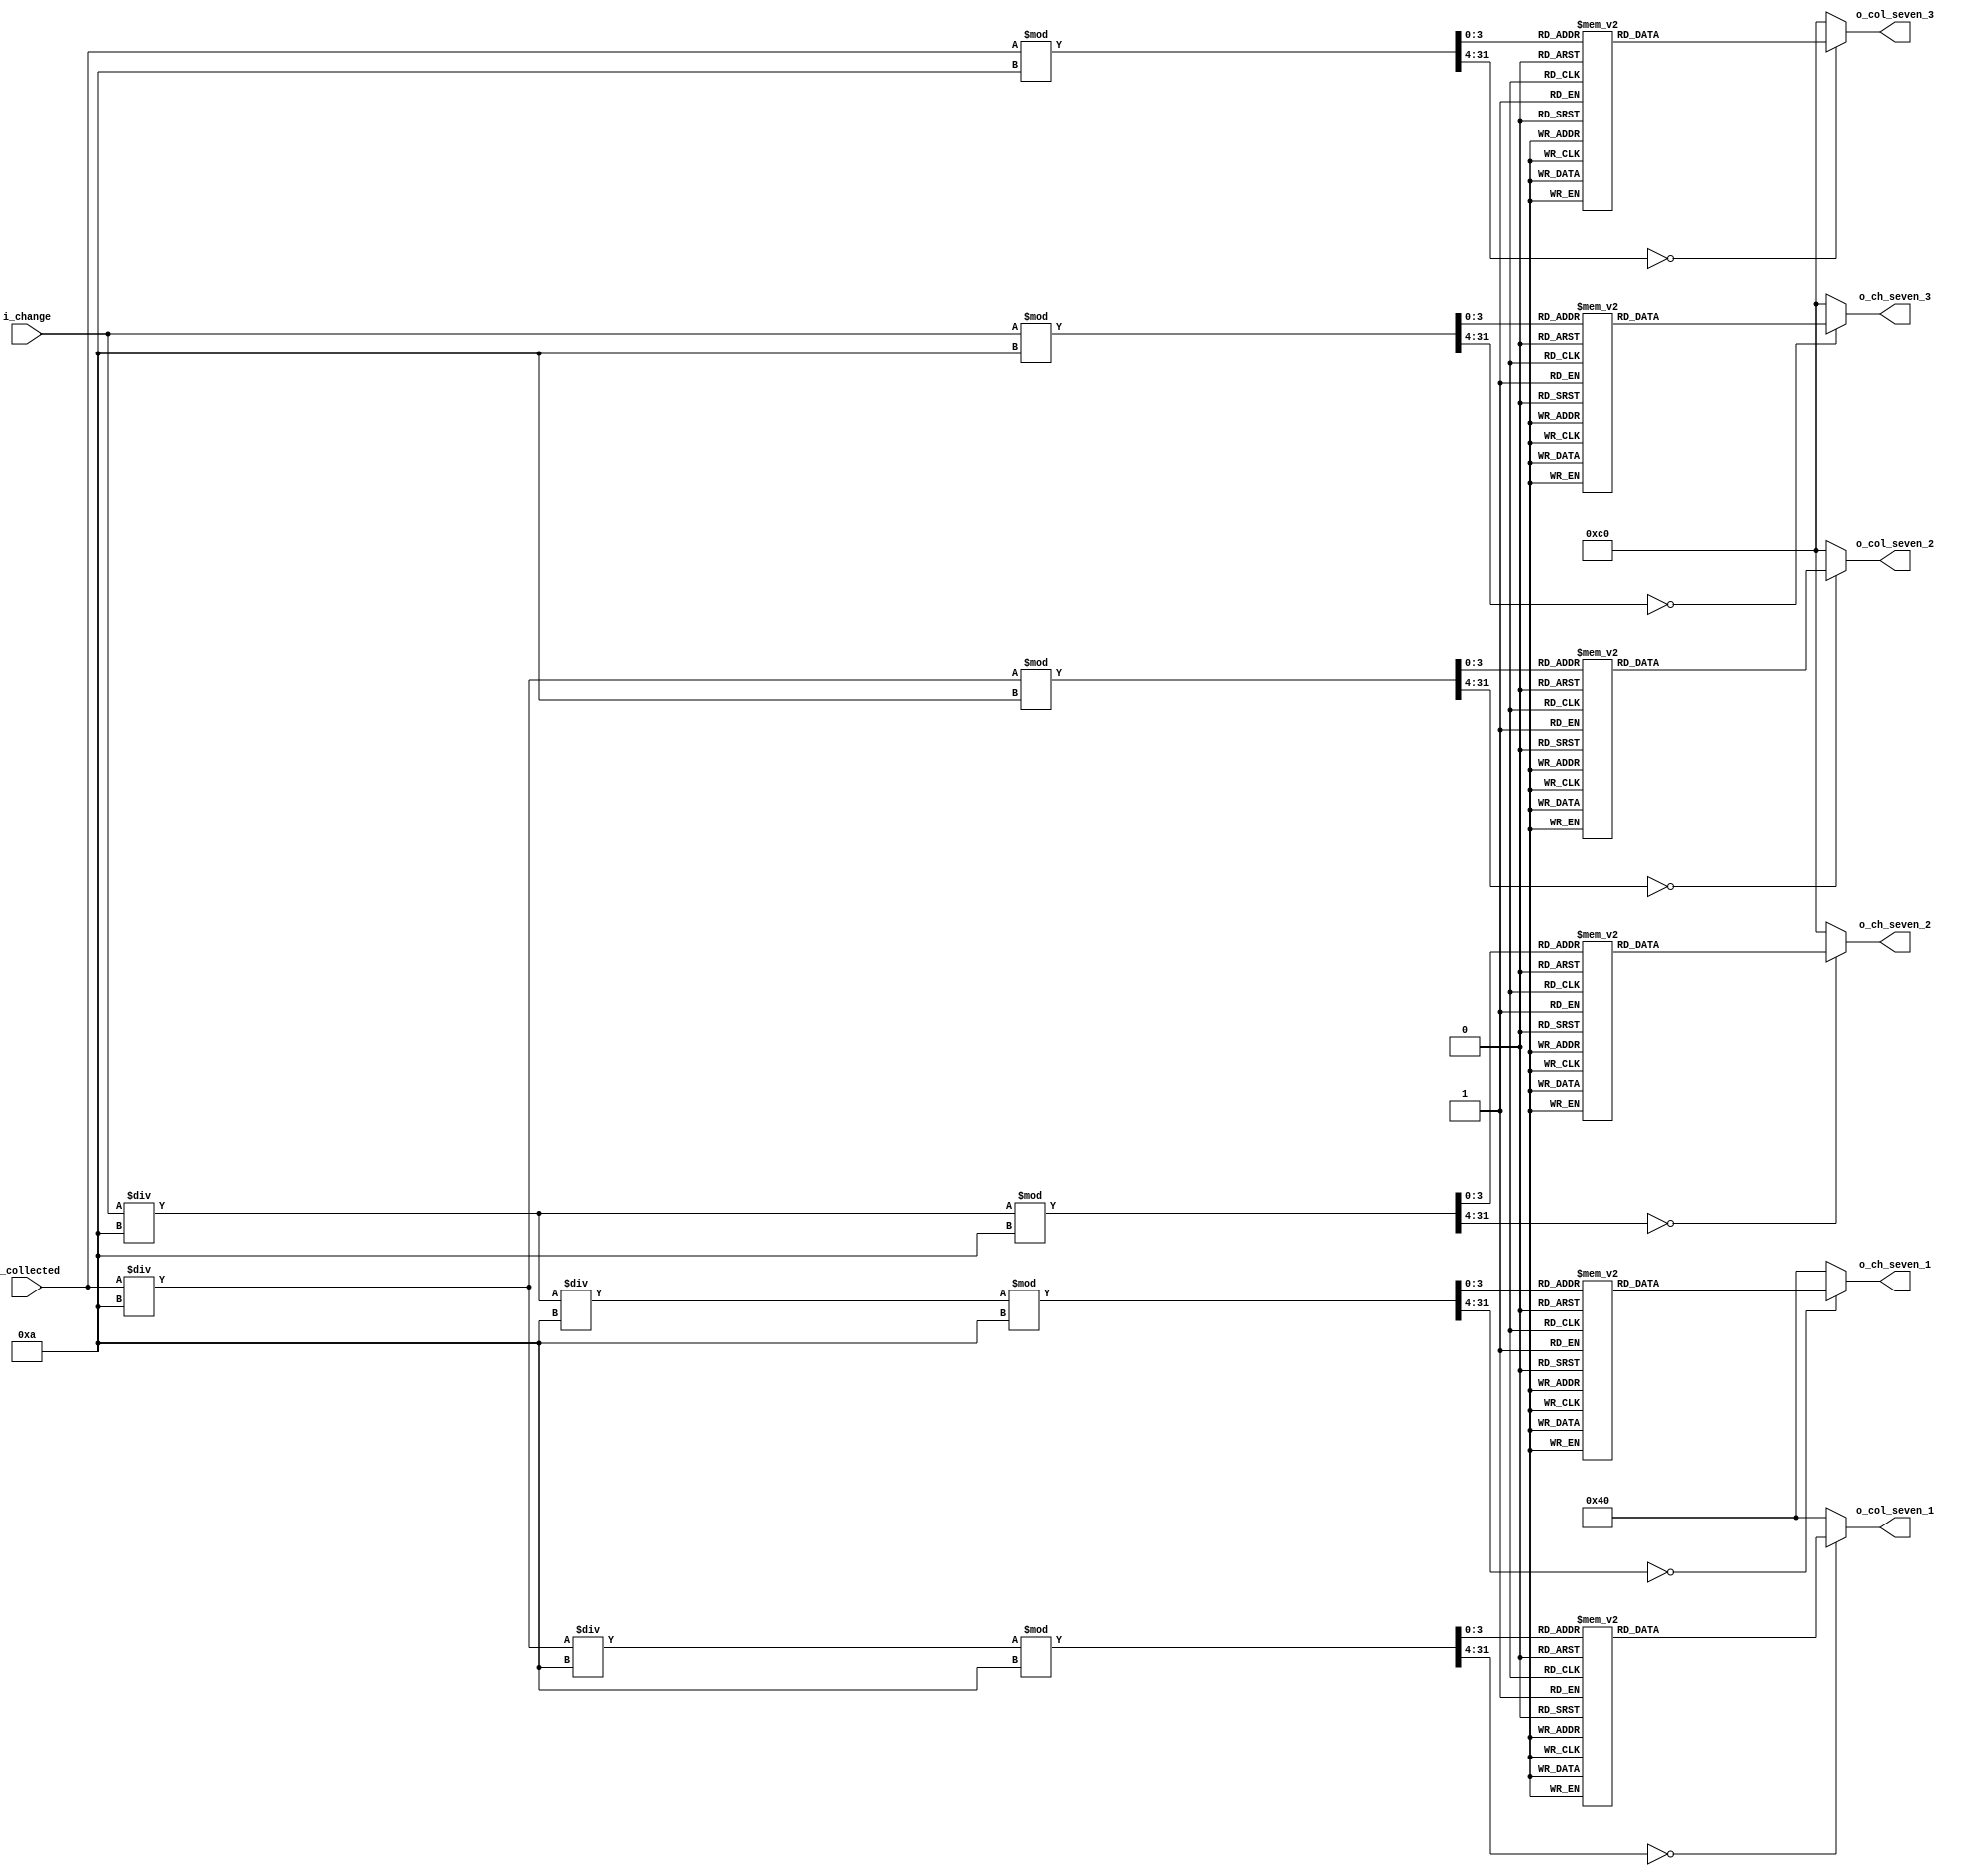
// Collected & Change display
module Seven_Segment_Display (
	input [31:0] i_collected,
	input [31:0] i_change,
	output reg [7:0] o_col_seven_3,
	output reg [7:0] o_col_seven_2,
	output reg [7:0] o_col_seven_1,
	output reg [7:0] o_ch_seven_3,
	output reg [7:0] o_ch_seven_2,
	output reg [7:0] o_ch_seven_1 
	);

	reg [31:0] r_col_temp = 0;
	reg [31:0] r_col_mod = 0;
	reg [31:0] r_ch_temp = 0;
	reg [31:0] r_ch_mod = 0;

	// Output COLLECTED money on seven segment LED
	always @ (i_collected)
	begin
		r_col_temp = i_collected;
		// col_seven_3
		r_col_mod = r_col_temp % 10;
		case (r_col_mod)
			0: o_col_seven_3 = 8'b11000000;
			1: o_col_seven_3 = 8'b11111001;
			2: o_col_seven_3 = 8'b10100100;
			3: o_col_seven_3 = 8'b10110000;
			4: o_col_seven_3 = 8'b10011001;
			5: o_col_seven_3 = 8'b10010010;
			6: o_col_seven_3 = 8'b10000010;
			7: o_col_seven_3 = 8'b11111000;
			8: o_col_seven_3 = 8'b10000000;
			9: o_col_seven_3 = 8'b10010000;
			default: o_col_seven_3 = 8'b11000000;
		endcase
		// col_seven_2
		r_col_temp = r_col_temp / 10;
		r_col_mod = r_col_temp % 10;
		case (r_col_mod)
			0: o_col_seven_2 = 8'b11000000;
			1: o_col_seven_2 = 8'b11111001;
			2: o_col_seven_2 = 8'b10100100;
			3: o_col_seven_2 = 8'b10110000;
			4: o_col_seven_2 = 8'b10011001;
			5: o_col_seven_2 = 8'b10010010;
			6: o_col_seven_2 = 8'b10000010;
			7: o_col_seven_2 = 8'b11111000;
			8: o_col_seven_2 = 8'b10000000;
			9: o_col_seven_2 = 8'b10010000;
			default: o_col_seven_2 = 8'b11000000;
		endcase
		// col_seven_1
		r_col_temp = r_col_temp / 10;
		r_col_mod = r_col_temp % 10;
		case (r_col_mod)
			0: o_col_seven_1 = 8'b01000000;
			1: o_col_seven_1 = 8'b01111001;
			2: o_col_seven_1 = 8'b00100100;
			3: o_col_seven_1 = 8'b00110000;
			4: o_col_seven_1 = 8'b00011001;
			5: o_col_seven_1 = 8'b00010010;
			6: o_col_seven_1 = 8'b00000010;
			7: o_col_seven_1 = 8'b01111000;
			8: o_col_seven_1 = 8'b00000000;
			9: o_col_seven_1 = 8'b00010000;
			default: o_col_seven_1 = 8'b01000000;
		endcase
	end

	// Output CHANGE on seven segment LED
	always @ (i_change)
	begin
		r_ch_temp = i_change;
		// ch_seven_3
		r_ch_mod = r_ch_temp % 10;
		case (r_ch_mod)
			0: o_ch_seven_3 = 8'b11000000;
			1: o_ch_seven_3 = 8'b11111001;
			2: o_ch_seven_3 = 8'b10100100;
			3: o_ch_seven_3 = 8'b10110000;
			4: o_ch_seven_3 = 8'b10011001;
			5: o_ch_seven_3 = 8'b10010010;
			6: o_ch_seven_3 = 8'b10000010;
			7: o_ch_seven_3 = 8'b11111000;
			8: o_ch_seven_3 = 8'b10000000;
			9: o_ch_seven_3 = 8'b10010000;
			default: o_ch_seven_3 = 8'b11000000;
		endcase
		// ch_seven_2
		r_ch_temp = r_ch_temp / 10;
		r_ch_mod = r_ch_temp % 10;
		case (r_ch_mod)
			0: o_ch_seven_2 = 8'b11000000;
			1: o_ch_seven_2 = 8'b11111001;
			2: o_ch_seven_2 = 8'b10100100;
			3: o_ch_seven_2 = 8'b10110000;
			4: o_ch_seven_2 = 8'b10011001;
			5: o_ch_seven_2 = 8'b10010010;
			6: o_ch_seven_2 = 8'b10000010;
			7: o_ch_seven_2 = 8'b11111000;
			8: o_ch_seven_2 = 8'b10000000;
			9: o_ch_seven_2 = 8'b10010000;
			default: o_ch_seven_2 = 8'b11000000;
		endcase
		// ch_seven_1
		r_ch_temp = r_ch_temp / 10;
		r_ch_mod = r_ch_temp % 10;
		case (r_ch_mod)
			0: o_ch_seven_1 = 8'b01000000;
			1: o_ch_seven_1 = 8'b01111001;
			2: o_ch_seven_1 = 8'b00100100;
			3: o_ch_seven_1 = 8'b00110000;
			4: o_ch_seven_1 = 8'b00011001;
			5: o_ch_seven_1 = 8'b00010010;
			6: o_ch_seven_1 = 8'b00000010;
			7: o_ch_seven_1 = 8'b01111000;
			8: o_ch_seven_1 = 8'b00000000;
			9: o_ch_seven_1 = 8'b00010000;
			default: o_ch_seven_1 = 8'b01000000;
		endcase
	end
endmodule